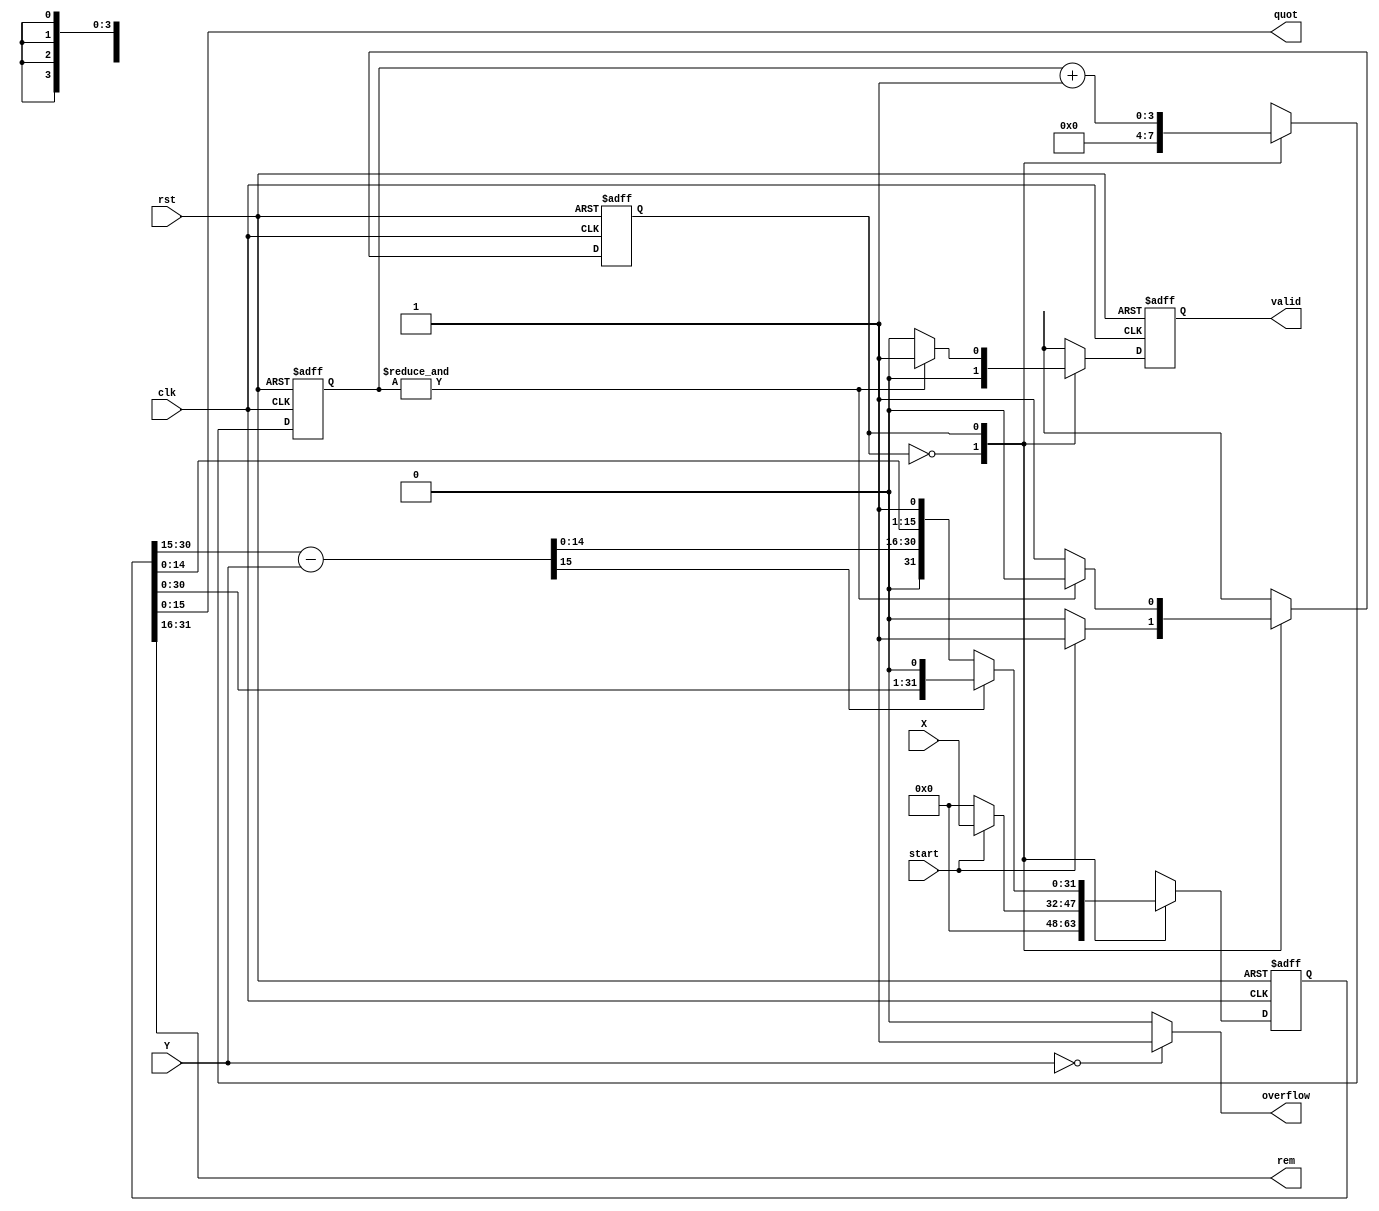
// +FHDR----------------------------------------------------------------------------
//            
//                
// ---------------------------------------------------------------------------------
// cinreated On    : 2024-06-06 20:30
// ---------------------------------------------------------------------------------
// Descinription   :  
//                   
//                               
// -FHDR----------------------------------------------------------------------------
module mini_ALU_16bit_DIV(
    input clk,
    input rst,
    input start,
    input [15:0] X,
    input [15:0] Y,
    output [15:0] quot,
    output [15:0] rem,
    output overflow,
    output reg valid
);
    reg [32:0] Z,next_Z,Z_temp,Z_temp1;
    reg next_state, pres_state;
    reg [3:0] count,next_count;
    reg  next_valid;

    parameter IDLE = 1'b0;
    parameter START = 1'b1;

    assign rem = Z[31:16];
    assign quot = Z[15:0];

    always @ (posedge clk or negedge rst) begin
            if(!rst) begin
                Z          <= 32'd0;
                valid      <= 1'b0;
                pres_state <= 1'b0;
                count      <= 4'd0;
            end
            else begin
                Z          <= next_Z;
                valid      <= next_valid;
                pres_state <= next_state;
                count      <= next_count;
            end
        end

    always @ (*) begin 
            case(pres_state)
                IDLE:
                    begin
                        next_count = 4'b0;
                        next_valid = 1'b0;
                        if(start) begin
                            next_state = START;
                            next_Z     = {16'd0,X};
                        end
                        else begin
                            next_state = pres_state;
                            next_Z     = 32'd0;
                        end
                    end

                START:
                    begin
                        next_count = count + 1'b1;
                        Z_temp     = Z << 1;
                        Z_temp1    = {Z_temp[31:16]-Y,Z_temp[15:0]};
                        next_Z     = Z_temp1[31] ? {Z_temp[31:16],Z_temp[15:1],1'b0} : 
                                        {Z_temp1[31:16],Z_temp[15:1],1'b1};
                        next_valid = (&count) ? 1'b1 : 1'b0; 
                        next_state = (&count) ? IDLE : pres_state;	
                    end
            endcase
    end
    assign overflow = (Y==16'd0)?1'b1:1'b0;

endmodule